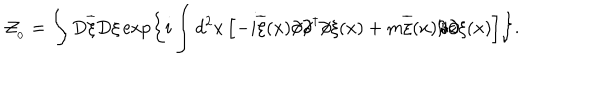
LaTeX: { \cal Z } _ { _ 0 } = \int D \overline { { { \xi } } } D \xi \exp \left\{ i \int d ^ { 2 } x \left[ - i \overline { { { \xi } } } ( x ) \partial \! \! \! / \partial \! \! \! / ^ { \dagger } \partial \! \! \! / \xi ( x ) + m \overline { { { \xi } } } ( x ) \partial \! \! \! / \partial \! \! \! / \xi ( x ) \right] \right\} .